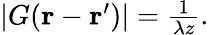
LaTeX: \begin{array}{r}{|G(\textbf{r}-\textbf{r}^{\prime})|=\frac{1}{\lambda z}.}\end{array}